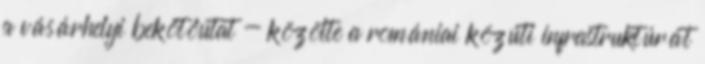
a vásárhelyi bekötőutat - közölte a romániai közúti infrastruktúrát